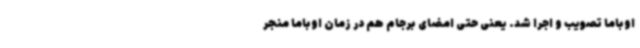
اوباما تصویب و اجرا شد. یعنی حتی امضای برجام هم در زمان اوباما منجر